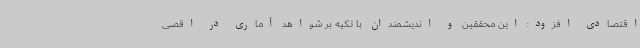
اقتصادی افزود: این محققین و اندیشمندان با تکیه بر شواهد آماری در اقصی